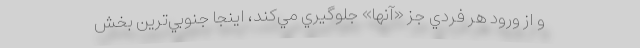
و از ورود هر فردي جز «آنها» جلوگيري مي‌كند، اينجا جنوبي‌ترين بخش